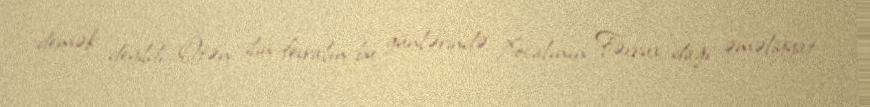
demək deyildi…Ötən ilin fevralın bu günlərində Xocalının Fərrux dağı əməliyyat